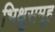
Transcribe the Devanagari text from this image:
भिक्षुसमूह